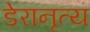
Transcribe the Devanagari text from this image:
डेरानृत्य